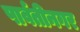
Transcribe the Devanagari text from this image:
पार्वतीनगर